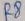
Text: R8